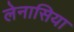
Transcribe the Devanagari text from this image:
लेनासिया